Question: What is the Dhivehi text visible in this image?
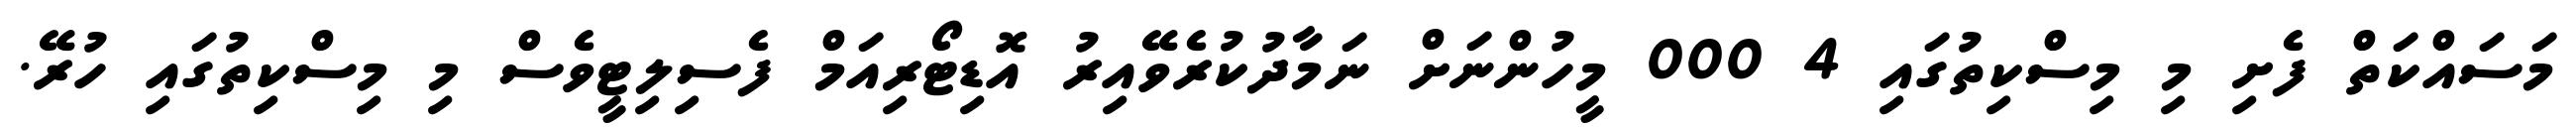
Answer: މަސައްކަތް ފެށި މި މިސްކިތުގައި 4 000 މީހުންނަށް ނަމާދުކުރެވޭއިރު އޮޑިޓޯރިއަމް ފެސިލިޓީވެސް މި މިސްކިތުގައި ހުރޭ.